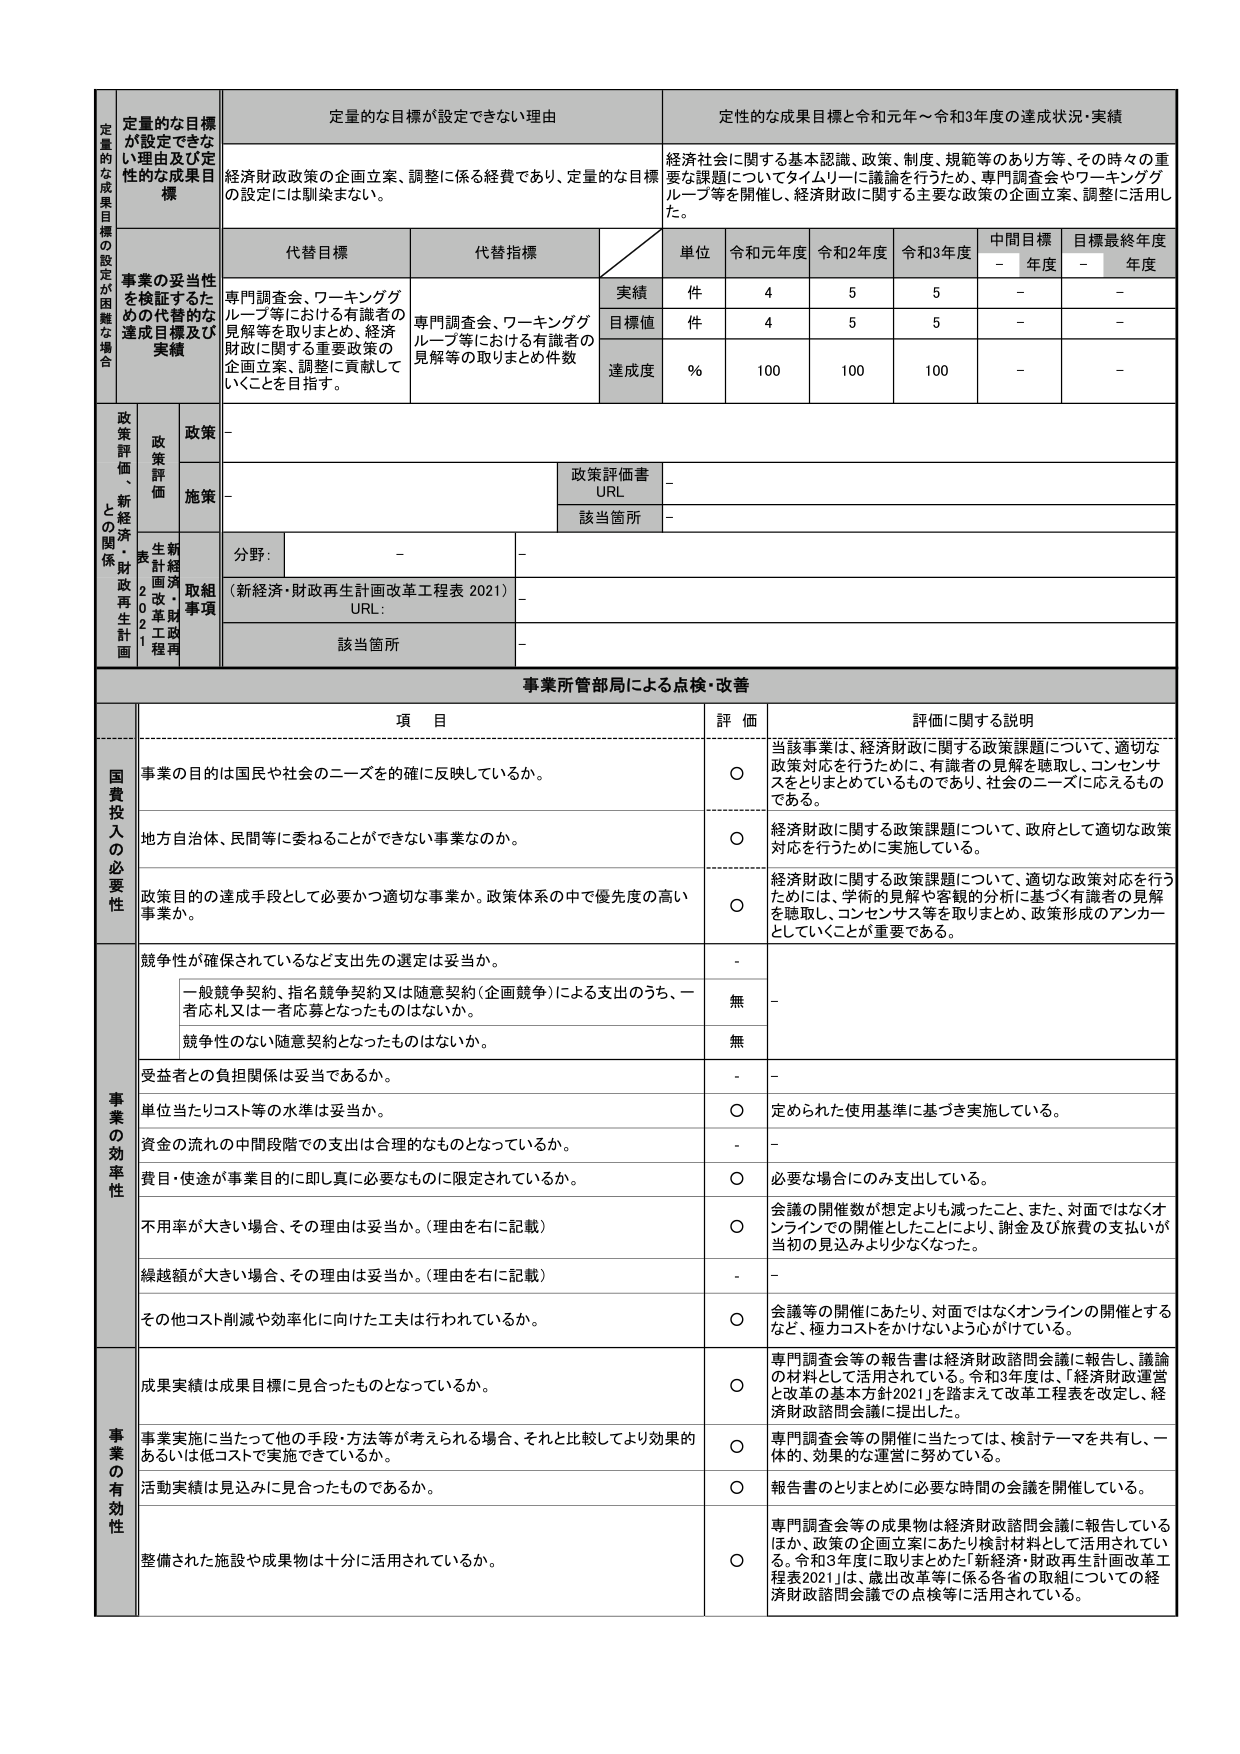
定量的な目標が設定できない理由
定量的な成果目標と令和元年～令和3年度の達成状況・実績
定量的な目標が設定できない理由及び定量的な成果目標
経済財政政策の企画立案、調整に係る経費であり、定量的な目標の設定には馴染まない。
経済社会に関する基本認識、政策、制度、規範等のあり方等、その時々の重要な課題についてタイムリーに議論を行うため、専門調査会やワーキンググループ等を開催し、経済財政に関する主要な政策の企画立案、調整に活用した。
代替目標
代替指標
単位
令和元年度
令和2年度
令和3年度
中間目標
目標最終年度
事業の妥当性を検証するための代替的な達成目標及び実績
専門調査会、ワーキンググループ等における有識者の見解等を取りまとめ、経済財政に関する重要政策の企画立案、調整に貢献していくことを目指す。
専門調査会、ワーキンググループ等における有識者の見解等の取りまとめ件数
実績
件
4
5
5
-
-
目標値
件
4
5
5
-
-
達成度
%
100
100
100
-
-
政策評価、新経済・財政再生計画との関係
政策
-
政策評価書
URL
-
施策
-
該当箇所
-
分野:
-
-
（新経済・財政再生計画改革工程表2021）
URL:
-
該当箇所
-
事業所管部局による点検・改善
項 目
評 価
評価に関する説明
国費投入の必要性
事業の目的は国民や社会のニーズを的確に反映しているか。
〇
当該事業は、経済財政に関する政策課題について、適切な政策対応を行うために、有識者の見解を聴取し、コンセンサスをとりまとめているものであり、社会のニーズに応えるものである。
地方自治体、民間等に委ねることができない事業なのか。
〇
経済財政に関する政策課題について、政府として適切な政策対応を行うために実施している。
政策目的の達成手段として必要かつ適切な事業か。政策体系の中で優先度の高い事業か。
〇
経済財政に関する政策課題について、適切な政策対応を行うためには、学術的見解や客観的分析に基づく有識者の見解を聴取し、コンセンサス等を取りまとめ、政策形成のアンカーとしていくことが重要である。
事業の効率性
競争性が確保されているなど支出先の選定は妥当か。
-
-
一般競争契約、指名競争契約又は随意契約（企画競争）による支出のうち、一者応札又は一者応募となったものはないか。
無
-
競争性のない随意契約となったものはないか。
無
-
受益者との負担関係は妥当であるか。
-
-
単位当たりコスト等の水準は妥当か。
〇
定められた使用基準に基づき実施している。
資金の流れの中間段階での支出は合理的なものとなっているか。
-
-
費目・使途が事業目的に即し真に必要なものに限定されているか。
〇
必要な場合にのみ支出している。
不用率が大きい場合、その理由は妥当か。（理由を右に記載）
〇
会議の開催数が想定よりも減ったこと、また、対面ではなくオンラインでの開催としたことにより、謝金及び旅費の支払いが当初の見込みより少なくなった。
繰越額が大きい場合、その理由は妥当か。（理由を右に記載）
-
-
その他コスト削減や効率化に向けた工夫は行われているか。
〇
会議等の開催にあたり、対面ではなくオンラインの開催とするなど、極力コストをかけないように心がけている。
事業の有効性
成果実績は成果目標に見合ったものとなっているか。
〇
専門調査会等の報告書は経済財政諮問会議に報告し、議論の材料として活用されている。令和3年度は、「経済財政運営と改革の基本方針2021」を踏まえて改革工程表を改定し、経済財政諮問会議に提出した。
事業実施に当たって他の手段・方法等が考えられる場合、それと比較してより効果的あるいは低コストで実施できているか。
〇
専門調査会等の開催に当たっては、検討テーマを共有し、一体的、効果的な運営に努めている。
活動実績は見込みに見合ったものであるか。
〇
報告書のとりまとめに必要な時間の会議を開催している。
整備された施設や成果物は十分に活用されているか。
〇
専門調査会等の成果物は経済財政諮問会議に報告しているほか、政策の企画立案にあたり検討材料として活用されている。令和3年度に取りまとめた「新経済・財政再生計画改革工程表2021」は、歳出改革等に係る各省の取組についての経済財政諮問会議での点検等に活用されている。